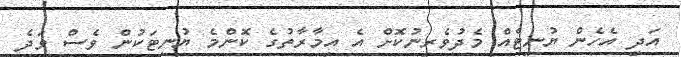
އަދި އެހެން ޔުނިޓެއް މެދުވެރިނުކޮށް އެ އިމާރާތުގެ ކޮންމެ ޔުނިޓަކުން ވެސް ވަދެ